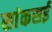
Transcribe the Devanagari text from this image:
सांकसई